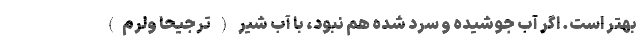
بهتر است. اگر آب جوشیده و سرد شده هم نبود، با آب شیر ( ترجیحاً ولرم)